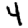
Digit: 4